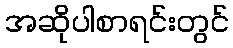
အဆိုပါစာရင်းတွင်